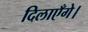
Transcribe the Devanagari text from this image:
दिलाएँगे।